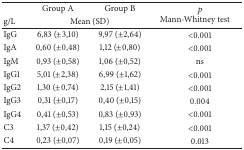
|  | Group A | Group B | <ROWSPAN=2> p Mann-Whitney test |
 | g/L | <COLSPAN=2> Mean (SD) |
 | --- | --- | --- | --- |
 | IgG | 6,83 (±3,10) | 9,97 (±2,64) | <0.001 |
 | IgA | 0,60 (±0,48) | 1,12 (±0,80) | <0.001 |
 | IgM | 0,93 (±0,58) | 1,06 (±0,52) | ns |
 | IgG1 | 5,01 (±2,38) | 6,99 (±1,62) | <0.001 |
 | IgG2 | 1,30 (±0,74) | 2,15 (±1,41) | <0.001 |
 | IgG3 | 0,31 (±0,17) | 0,40 (±0,15) | 0.004 |
 | IgG4 | 0,41 (±0,53) | 0,83 (±0,93) | <0.001 |
 | C3 | 1,37 (±0,42) | 1,15 (±0,24) | <0.001 |
 | C4 | 0,23 (±0,07) | 0,19 (±0,05) | 0.013 |